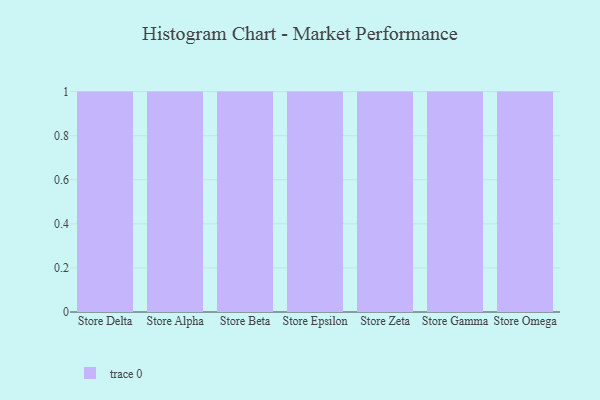
{"axis": {"x": "Store", "y": "Tickets Resolved"}, "legend": [""], "data": [{"x": "Store Delta", "y": 89, "type": ""}, {"x": "Store Alpha", "y": 39, "type": ""}, {"x": "Store Beta", "y": 86, "type": ""}, {"x": "Store Epsilon", "y": 67, "type": ""}, {"x": "Store Zeta", "y": 43, "type": ""}, {"x": "Store Gamma", "y": 55, "type": ""}, {"x": "Store Omega", "y": 26, "type": ""}]}